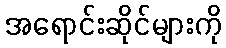
အရောင်းဆိုင်များကို